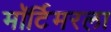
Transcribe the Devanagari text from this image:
मॉर्टिमरला